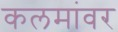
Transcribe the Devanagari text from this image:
कलमांवर